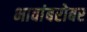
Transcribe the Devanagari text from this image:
भावांबरोबर